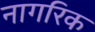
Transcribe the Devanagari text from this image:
नागरिक